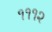
૧૧૧૨